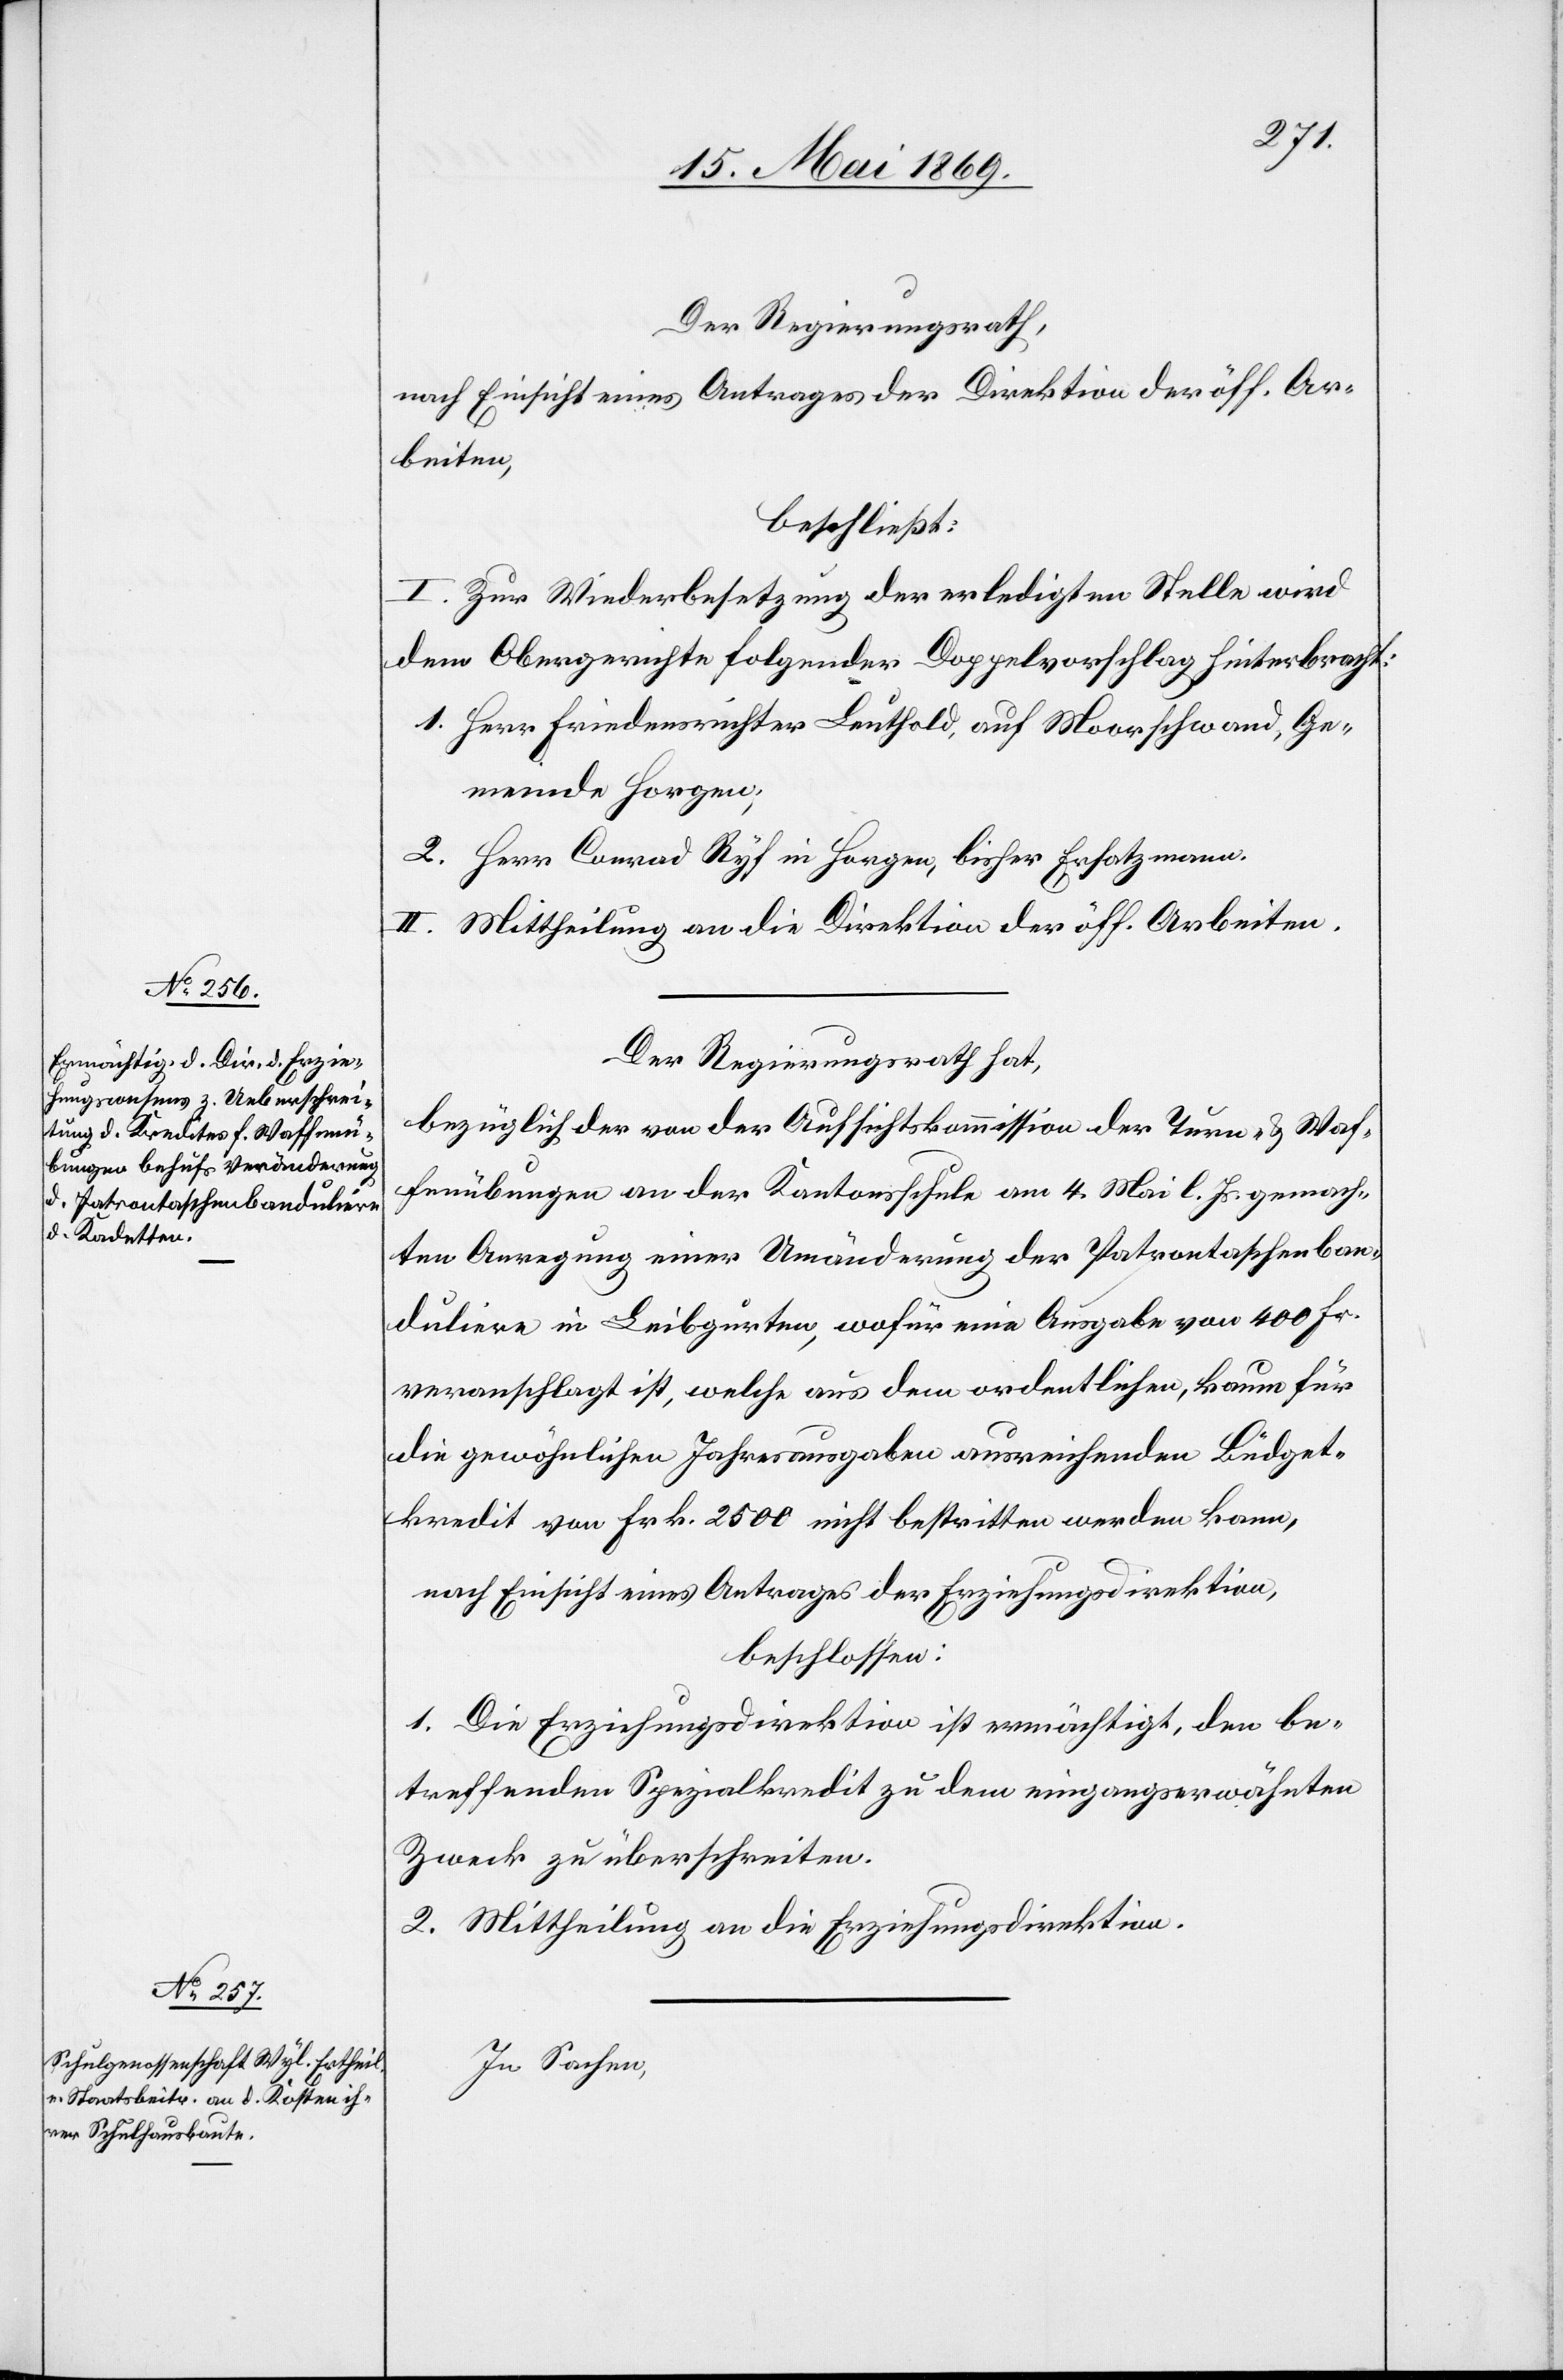
Der Regierungsrath,
nach Einsicht eines Antrages der Direktion der öff. Ar¬
beiten,
beschließt:
I. Zur Wiederbesetzung der erledigten Stelle wird
dem Obergerichte folgender Doppelvorschlag hinterbracht:
1. Herr Friedensrichter Leuthold, auf Moorschwand, Ge¬
meinde Horgen;
2. Herr Conrad Ryf in Horgen, bisher Ersatzmann.
II. Mittheilung an die Direktion der öff. Arbeiten.
Der Regierungsrath hat,
bezüglich der von der Aufsichtskommission der Turn- u. Waf¬
fenübungen an der Kantonsschule am 4. Mai l. Js. gemach¬
ten Anregung einer Umänderung der Patrontaschenban¬
duliere in Leibgurten, wofür eine Abgabe von 400 Fr.
veranschlagt ist, welche aus dem ordentlichen, kaum für
die gewöhnlichen Jahresausgaben ausreichenden Büdget¬
kredit von Frk. 2500 nicht bestritten werden kann,
nach Einsicht eines Antrages der Erziehungsdirektion,
beschlossen:
1. Die Erziehungsdirektion ist ermächtigt, den be¬
treffenden Spezialkredit zu dem eingangserwähnten
Zweck zu überschreiten.
2. Mittheilung an die Erziehungsdirektion.
In Sachen,